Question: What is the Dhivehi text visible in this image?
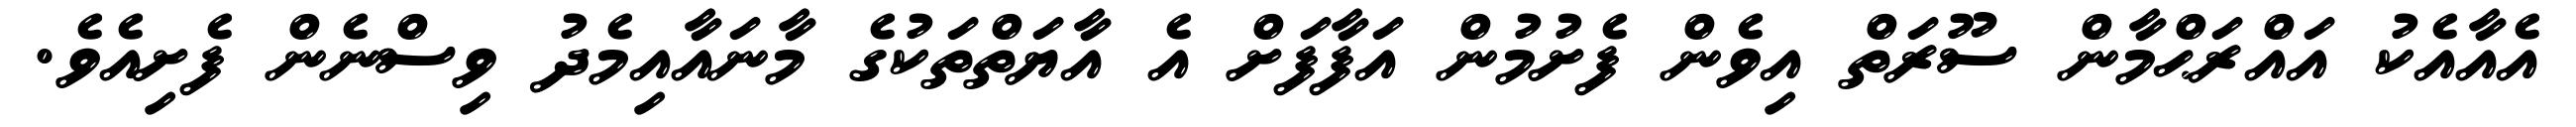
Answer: އެއާއެކު އައްރަޙްމާން ސޫރަތް އިވެން ފެށުމުން އަފާފަށް އެ އާޔަތްތަކުގެ މާނައާއިމެދު ވިސްނެން ފެށިއެވެ.